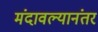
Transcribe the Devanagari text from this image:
मंदावल्यानंतर